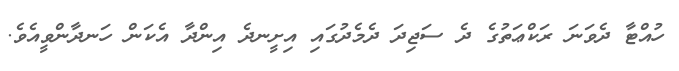
ހުއްޓާ ދެވަނަ ރަކްޢަތުގެ ދެ ސަޖިދަ ދެމެދުގައި އިށީނދެ އިންދާ އެކަން ހަނދާންވީއެވެ.